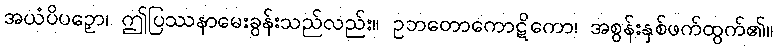
အယံပိပဉှော၊ ဤပြဿနာမေးခွန်းသည်လည်း။ ဥဘတောကောဋိကော၊ အစွန်းနှစ်ဖက်ထွက်၏။